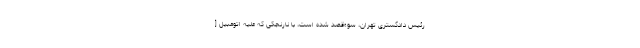
رئیس دادگسترى تهران، سوءقصد شده است، با نارنجكى كه علیه اتومبیل [